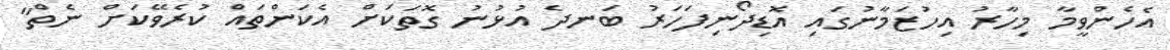
އެހެންވީމާ މިހާރު އިހުޒަމާނުގައި އޮޑިދޯނިފަހަރު ބަނދެ އުޅުނު ގޮތަކަށް އެކަންތައް ކުރެވޭކަށް ނެތް"